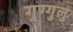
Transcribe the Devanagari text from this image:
गुग्गुलु